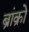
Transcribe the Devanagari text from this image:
ब्रांक्रो